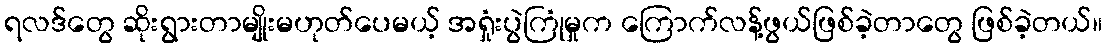
ရလဒ်တွေ ဆိုးရွားတာမျိုးမဟုတ်ပေမယ့် အရှုံးပွဲကြုံမှုက ကြောက်လန့်ဖွယ်ဖြစ်ခဲ့တာတွေ ဖြစ်ခဲ့တယ်။